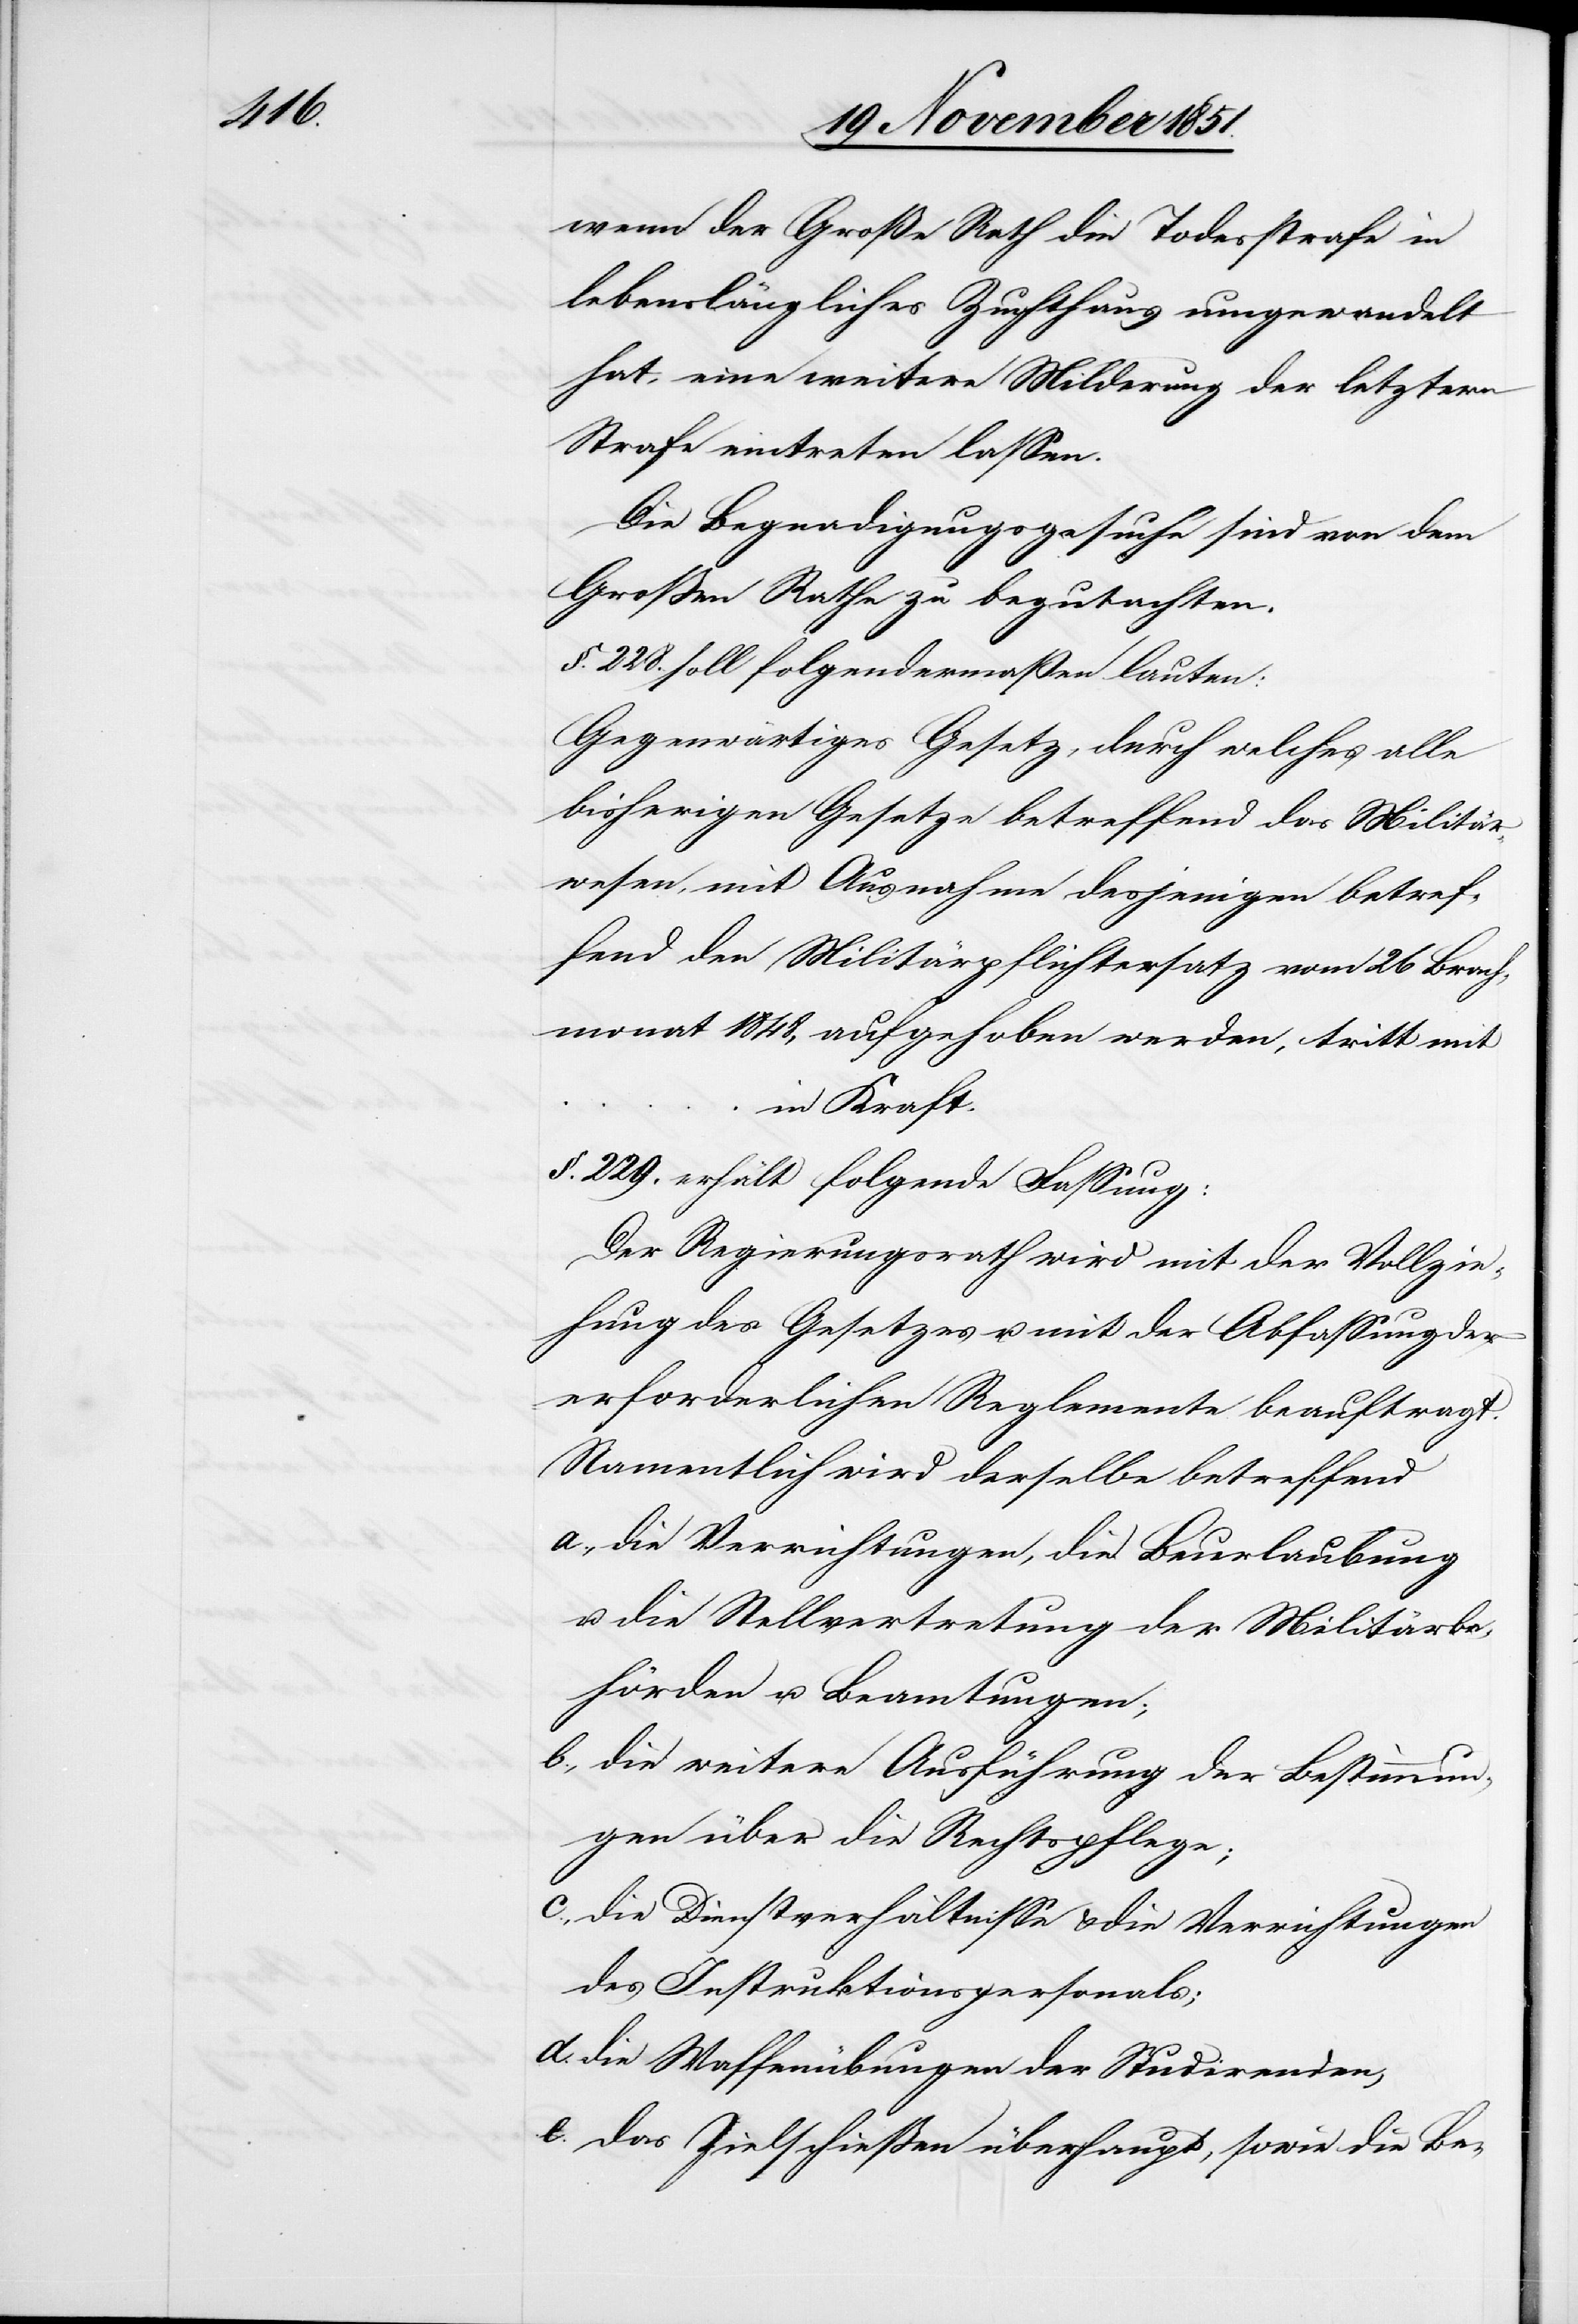
wenn der Große Rath die Todesstrafe in
lebenslängliches Zuchthaus umgewandelt
hat, eine weitere Milderung der letztern
Strafe eintreten lassen.
Die Begnadigungsgesuche sind von dem
Großen Rathe zu begutachten.
§. 228. soll folgendermaßen lauten:
Gegenwärtiges Gesetz, durch welches alle
bisherigen Gesetze betreffend das Militär¬
wesen, mit Ausnahme desjenigen betref¬
fend den Militärpflichtersatz vom 26 Brach¬
monat 1848, aufgehoben werden, tritt mit
in Kraft.
§. 229. erhält folgende Fassung:
Der Regierungsrath wird mit der Vollzie¬
hung des Gesetzes u. mit der Abfassung der
erforderlichen Reglemente beauftragt.
Namentlich wird derselbe betreffend
die Verrichtungen, die Beurlaubung
u. die Stellvertretung der Militärbe¬
hörden u. Beamtungen;
die weitere Ausführung der Bestimmun¬
gen über die Rechtspflege;
die Dienstverhältnisse & die Verrichtungen
des Instruktionspersonals;
die Waffenübungen der Studirenden,
das Zielschießen überhaupt, sowie die Be-